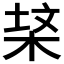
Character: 𭪃